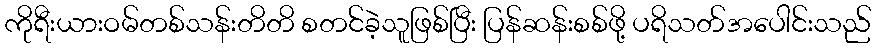
ကိုရီးယားဝမ်တစ်သန်းတိတိ စတင်ခဲ့သူဖြစ်ပြီး ပြန်ဆန်းစစ်ဖို့ ပရိသတ်အပေါင်းသည်